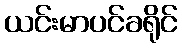
ယင်းမာပင်ခရိုင်